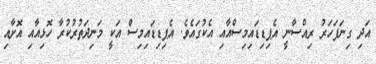
އަދި ގިނަފަހަރު ރިއްސާނީ އެޕިޑިޑައިމިސްއާއި އެކުގައެވެ. އެޕިޑިޑައިމިސް އަކީ މަނިދަތުރުކުރާ ހޮޅިއާއި އޮށާއި